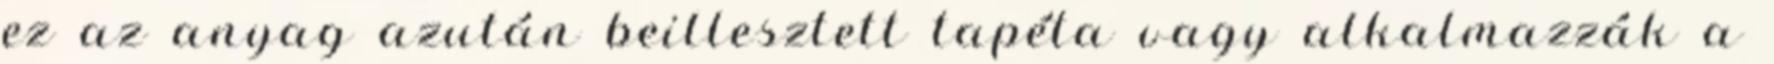
ez az anyag azután beillesztett tapéta vagy alkalmazzák a